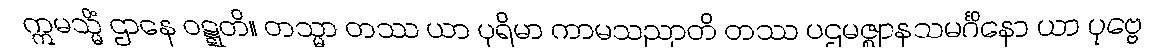
ဣမသ္မိံ ဌာနေ ဝဋ္ဋတိ။ တသ္မာ တဿ ယာ ပုရိမာ ကာမသညာတိ တဿ ပဌမဇ္ဈာနသမင်္ဂိနော ယာ ပုဗ္ဗေ